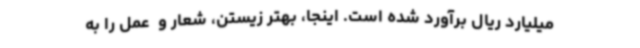
میلیارد ریال برآورد شده است. اینجا، بهتر زیستن، شعار و  عمل را به